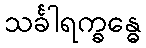
သင်္ခါရက္ခန္ဓေ